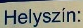
Helyszin